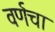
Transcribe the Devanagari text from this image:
वर्णचा